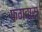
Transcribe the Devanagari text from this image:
फगवारा